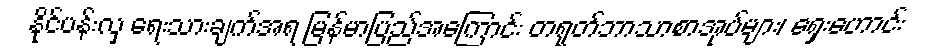
နိုင်ပန်းလှ ရေးသားချက်အရ မြန်မာပြည်အကြောင်း တရုတ်ဘာသာစာအုပ်များ၊ ရှေးဟောင်း